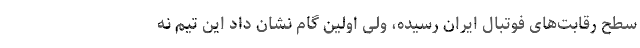
سطح رقابت‌های فوتبال ایران رسیده، ولی اولین گام نشان داد این تیم نه